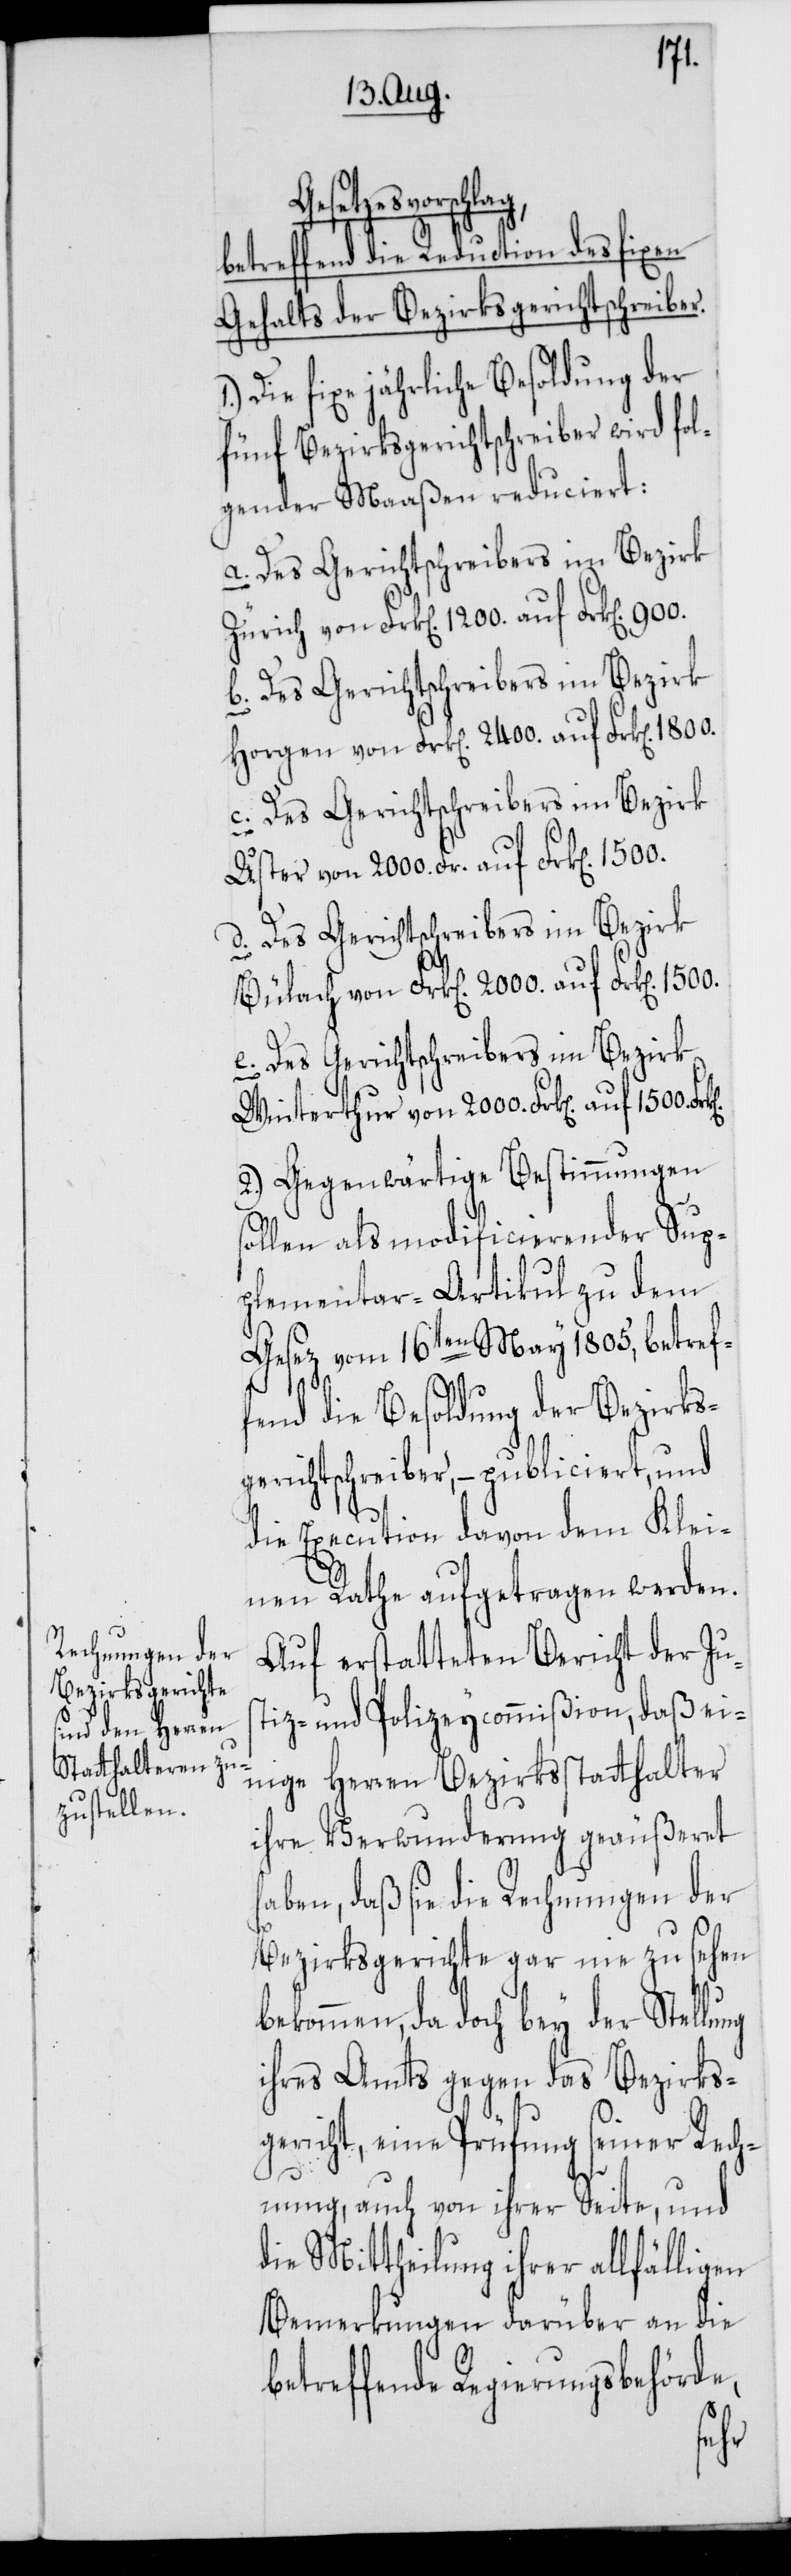
Gesetzesvorschlag,
betreffend die Reduction des fixen
Gehalts der Bezirksgerichtschreiber.
Die fixe jährliche Besoldung der
fünf Bezirksgerichtschreiber wird fol¬
gender Maaßen reduciert:
a. Des Gerichtschreibers im Bezirk
Zürich von Frk[en]. 1200. auf Frk[en]. 900.
b. Des Gerichtschreibers im Bezirk
Horgen von Frk[en]. 2400. auf Frk[en]. 1800.
c. Des Gerichtschreibers im Bezirk
Uster von 2000. Fr. auf Frk[en]. 1500.
d. Des Gerichtschreibers im Bezirk
Bülach von Frk[en]. 2000. auf Frk[en].
e. Des Gerichtschreibers im Bezirk
Winterthur von 2000. Frk[en]. auf 1500.
2.) Gegenwärtige Bestimmungen
llen als modificierender Sup¬
plementar-Artikul zu dem
Gesez vom 16ten May 1805, betref¬
fend die Besoldung der Bezirk¬
gerichtschreiber, – publiciert, und
die Execution davon dem Klei¬
nen Rathe aufgetragen werden.
Auf erstatteten Bericht der Jus¬
tiz- und Polizeycommißion, daß ei¬
nige Herren Bezirksstatthalter
ihre Verwunderung geäußeret
haben, daß sie die Rechnungen der
ng
Bezirksgerichte gar nie zu sehen
kommen, da doch bey der Stellu¬
ihres Amts gegen das Bezirks¬
gericht, eine Prüfung seiner Rech¬
nung, auch von ihrer Seite, und
die Mittheilung ihrer allfälligen
Bemerkungen darüber an die
betreffende Regierungsbehörde,
be¬